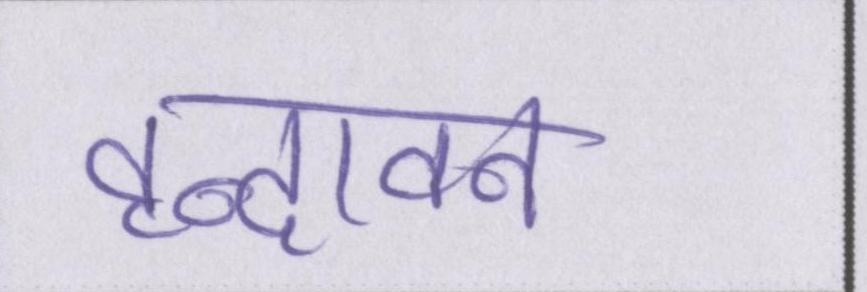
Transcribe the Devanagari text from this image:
वृन्दावन